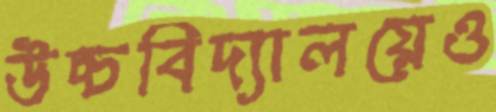
উচ্চবিদ্যালয়েও